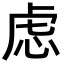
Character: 虑